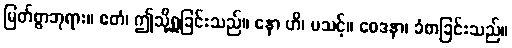
မြတ်စွာဘုရား။ ဧတံ၊ ဤသို့ရှုခြင်းသည်။ နော ဟိ၊ မသင့်။ ဝေဒနာ၊ ခံစာခြင်းသည်။